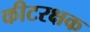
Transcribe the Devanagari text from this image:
कीटरक्षक